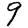
Digit: 9